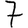
Digit: 7